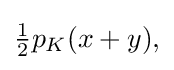
{\textstyle {\frac {1}{2}}p_{K}(x+y),}